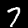
Digit: 7